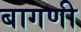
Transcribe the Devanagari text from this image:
बागणी